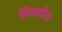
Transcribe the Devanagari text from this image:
लिक्सोस